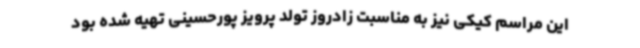
این مراسم کیکی نیز به مناسبت زادروز تولد پرویز پورحسینی تهیه شده بود